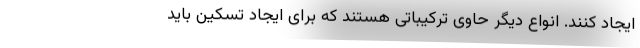
ایجاد کنند. انواع دیگر حاوی ترکیباتی هستند که برای ایجاد تسکین باید